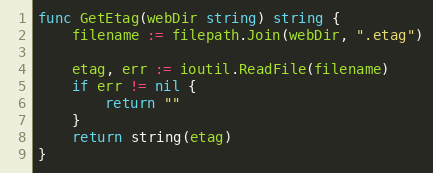
Language: Go
func GetEtag(webDir string) string {
	filename := filepath.Join(webDir, ".etag")

	etag, err := ioutil.ReadFile(filename)
	if err != nil {
		return ""
	}
	return string(etag)
}